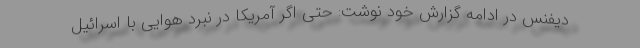
دیفنس در ادامه گزارش خود نوشت: حتی اگر آمریکا در نبرد هوایی با اسرائیل